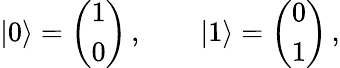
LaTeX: |0\rangle=\left(\begin{array}{l}{1}\\ {0}\end{array}\right)\, ,\qquad|1\rangle=\left(\begin{array}{l}{0}\\ {1}\end{array}\right)\, ,